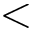
<